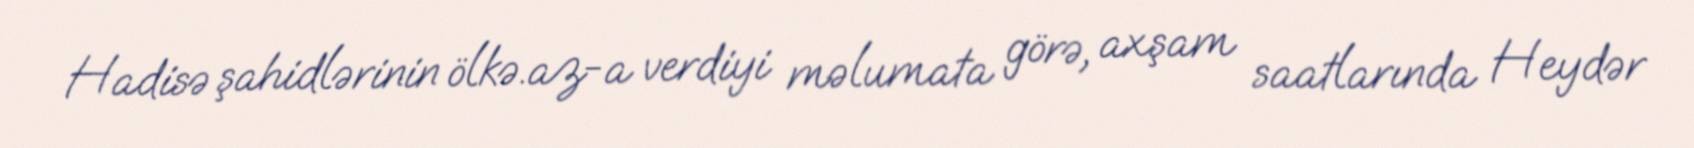
Hadisə şahidlərinin ölkə.az-a verdiyi məlumata görə, axşam saatlarında Heydər